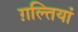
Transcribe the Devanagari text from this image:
ग़ल्तियां